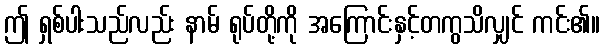
ဤ ရှစ်ပါးသည်လည်း နာမ် ရုပ်တို့ကို အကြောင်းနှင့်တကွသိလျှင် ကင်း၏။